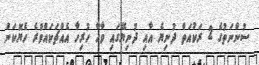
ސުންނަތުގެ 2 ރަކުއަތް ދުނިޔެ އާއި ދުނިޔޭގައި ވާހާ ހުރިހާ އެއްޗަކައްވުރެ ހެޔޮކަން